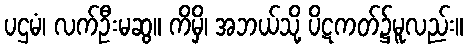
ပဌမံ၊ လက်ဦးမဆွ။ ကိမှိ၊ အဘယ်သို့ ပိဋကတ်၌မူလည်း။